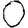
Digit: 0